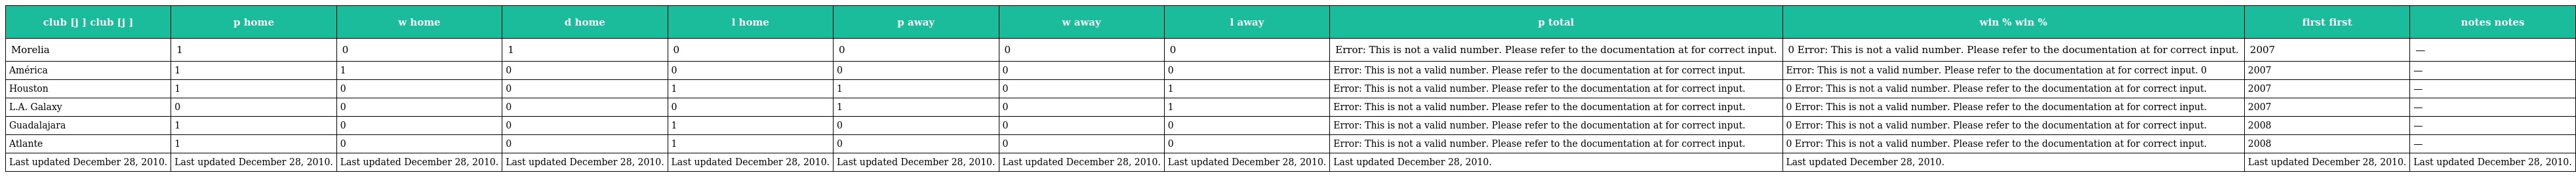
| club [j ] club [j ] | p home | w home | d home | l home | p away | w away | l away | p total | win % win % | first first | notes notes |
 | --- | --- | --- | --- | --- | --- | --- | --- | --- | --- | --- | --- |
 | Morelia | 1 | 0 | 1 | 0 | 0 | 0 | 0 | Error: This is not a valid number. Please refer to the documentation at for correct input. | 0 Error: This is not a valid number. Please refer to the documentation at for correct input. | 2007 | — |
 | América | 1 | 1 | 0 | 0 | 0 | 0 | 0 | Error: This is not a valid number. Please refer to the documentation at for correct input. | Error: This is not a valid number. Please refer to the documentation at for correct input. 0 | 2007 | — |
 | Houston | 1 | 0 | 0 | 1 | 1 | 0 | 1 | Error: This is not a valid number. Please refer to the documentation at for correct input. | 0 Error: This is not a valid number. Please refer to the documentation at for correct input. | 2007 | — |
 | L.A. Galaxy | 0 | 0 | 0 | 0 | 1 | 0 | 1 | Error: This is not a valid number. Please refer to the documentation at for correct input. | 0 Error: This is not a valid number. Please refer to the documentation at for correct input. | 2007 | — |
 | Guadalajara | 1 | 0 | 0 | 1 | 0 | 0 | 0 | Error: This is not a valid number. Please refer to the documentation at for correct input. | 0 Error: This is not a valid number. Please refer to the documentation at for correct input. | 2008 | — |
 | Atlante | 1 | 0 | 0 | 1 | 0 | 0 | 0 | Error: This is not a valid number. Please refer to the documentation at for correct input. | 0 Error: This is not a valid number. Please refer to the documentation at for correct input. | 2008 | — |
 | Last updated December 28, 2010. | Last updated December 28, 2010. | Last updated December 28, 2010. | Last updated December 28, 2010. | Last updated December 28, 2010. | Last updated December 28, 2010. | Last updated December 28, 2010. | Last updated December 28, 2010. | Last updated December 28, 2010. | Last updated December 28, 2010. | Last updated December 28, 2010. | Last updated December 28, 2010. |